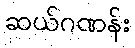
ဆယ်ဂဏန်း